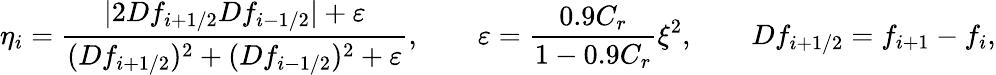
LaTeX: \eta_{i}=\frac{|2Df_{i+1/2}Df_{i-1/2}|+\varepsilon}{(Df_{i+1/2})^{2}+(Df_{i-1/2})^{2}+\varepsilon},\qquad\varepsilon=\frac{0.9C_{r}}{1-0.9C_{r}}\xi^{2},\qquad Df_{i+1/2}=f_{i+1}-f_{i},